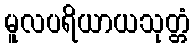
မူလပရိယာယသုတ္တံ